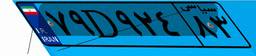
۸۱D۷۹۸۷۷